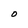
Character: O